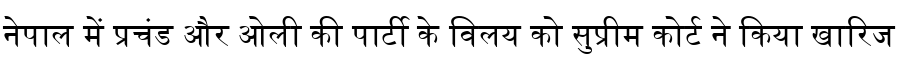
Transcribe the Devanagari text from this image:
नेपाल में प्रचंड और ओली की पार्टी के विलय को सुप्रीम कोर्ट ने किया खारिज